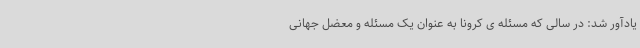
یادآور شد: در سالی که مسئله ی کرونا به عنوان یک مسئله و معضل جهانی